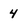
Character: 4